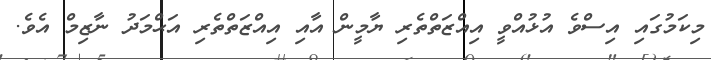
މިކަމުގައި އިސްވެ އުޅުއްވީ އިއްޒަތްތެރި ޔާމީން އާއި އިއްޒަތްތެރި އަޙްމަދު ނާޒިމް އެވެ.